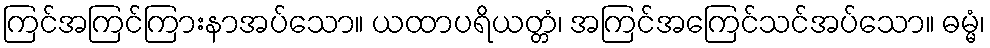
ကြင်အကြင်ကြားနာအပ်သော။ ယထာပရိယတ္တံ၊ အကြင်အကြေင်သင်အပ်သော။ ဓမ္မံ၊